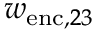
w _ { \mathrm { e n c } , 2 3 }